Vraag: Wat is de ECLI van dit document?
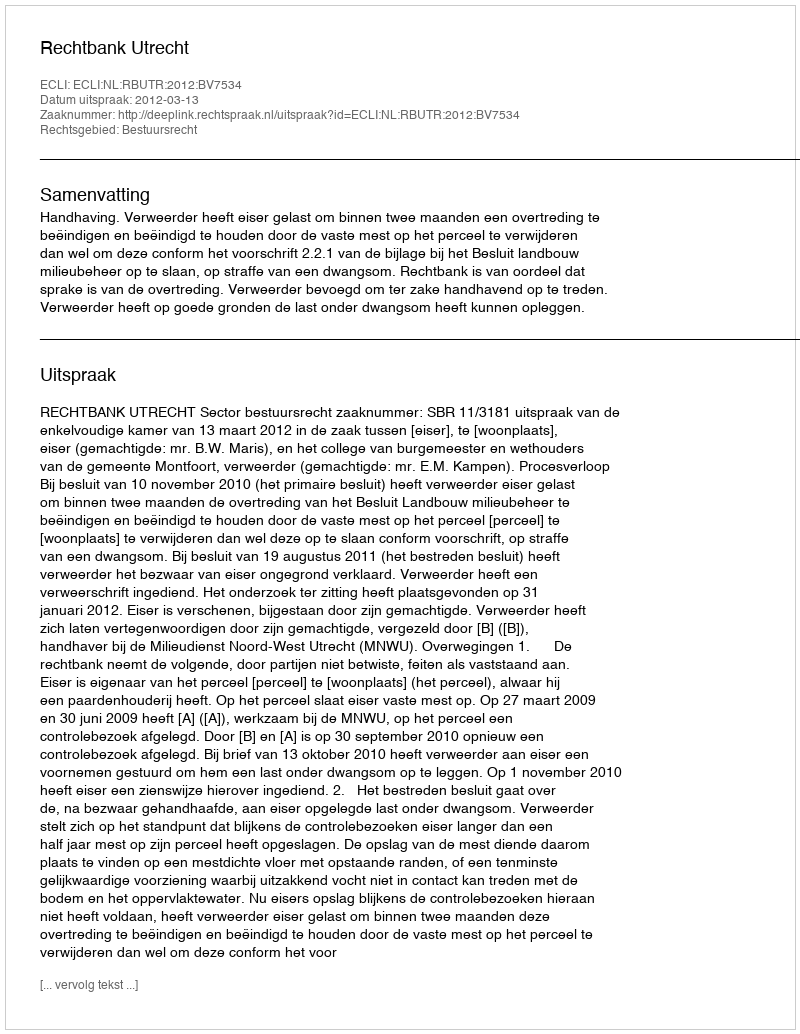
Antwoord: ECLI:NL:RBUTR:2012:BV7534